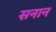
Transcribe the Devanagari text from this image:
सनान